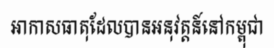
អាកាសធាតុដែលបានអនុវត្តន៍នៅកម្ពុជា